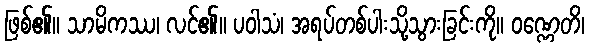
ဖြစ်၏။ သာမိကဿ၊ လင်၏။ ပဝါသံ၊ အရပ်တစ်ပါးသို့သွားခြင်းကို။ ဝဏ္ဏေတိ၊